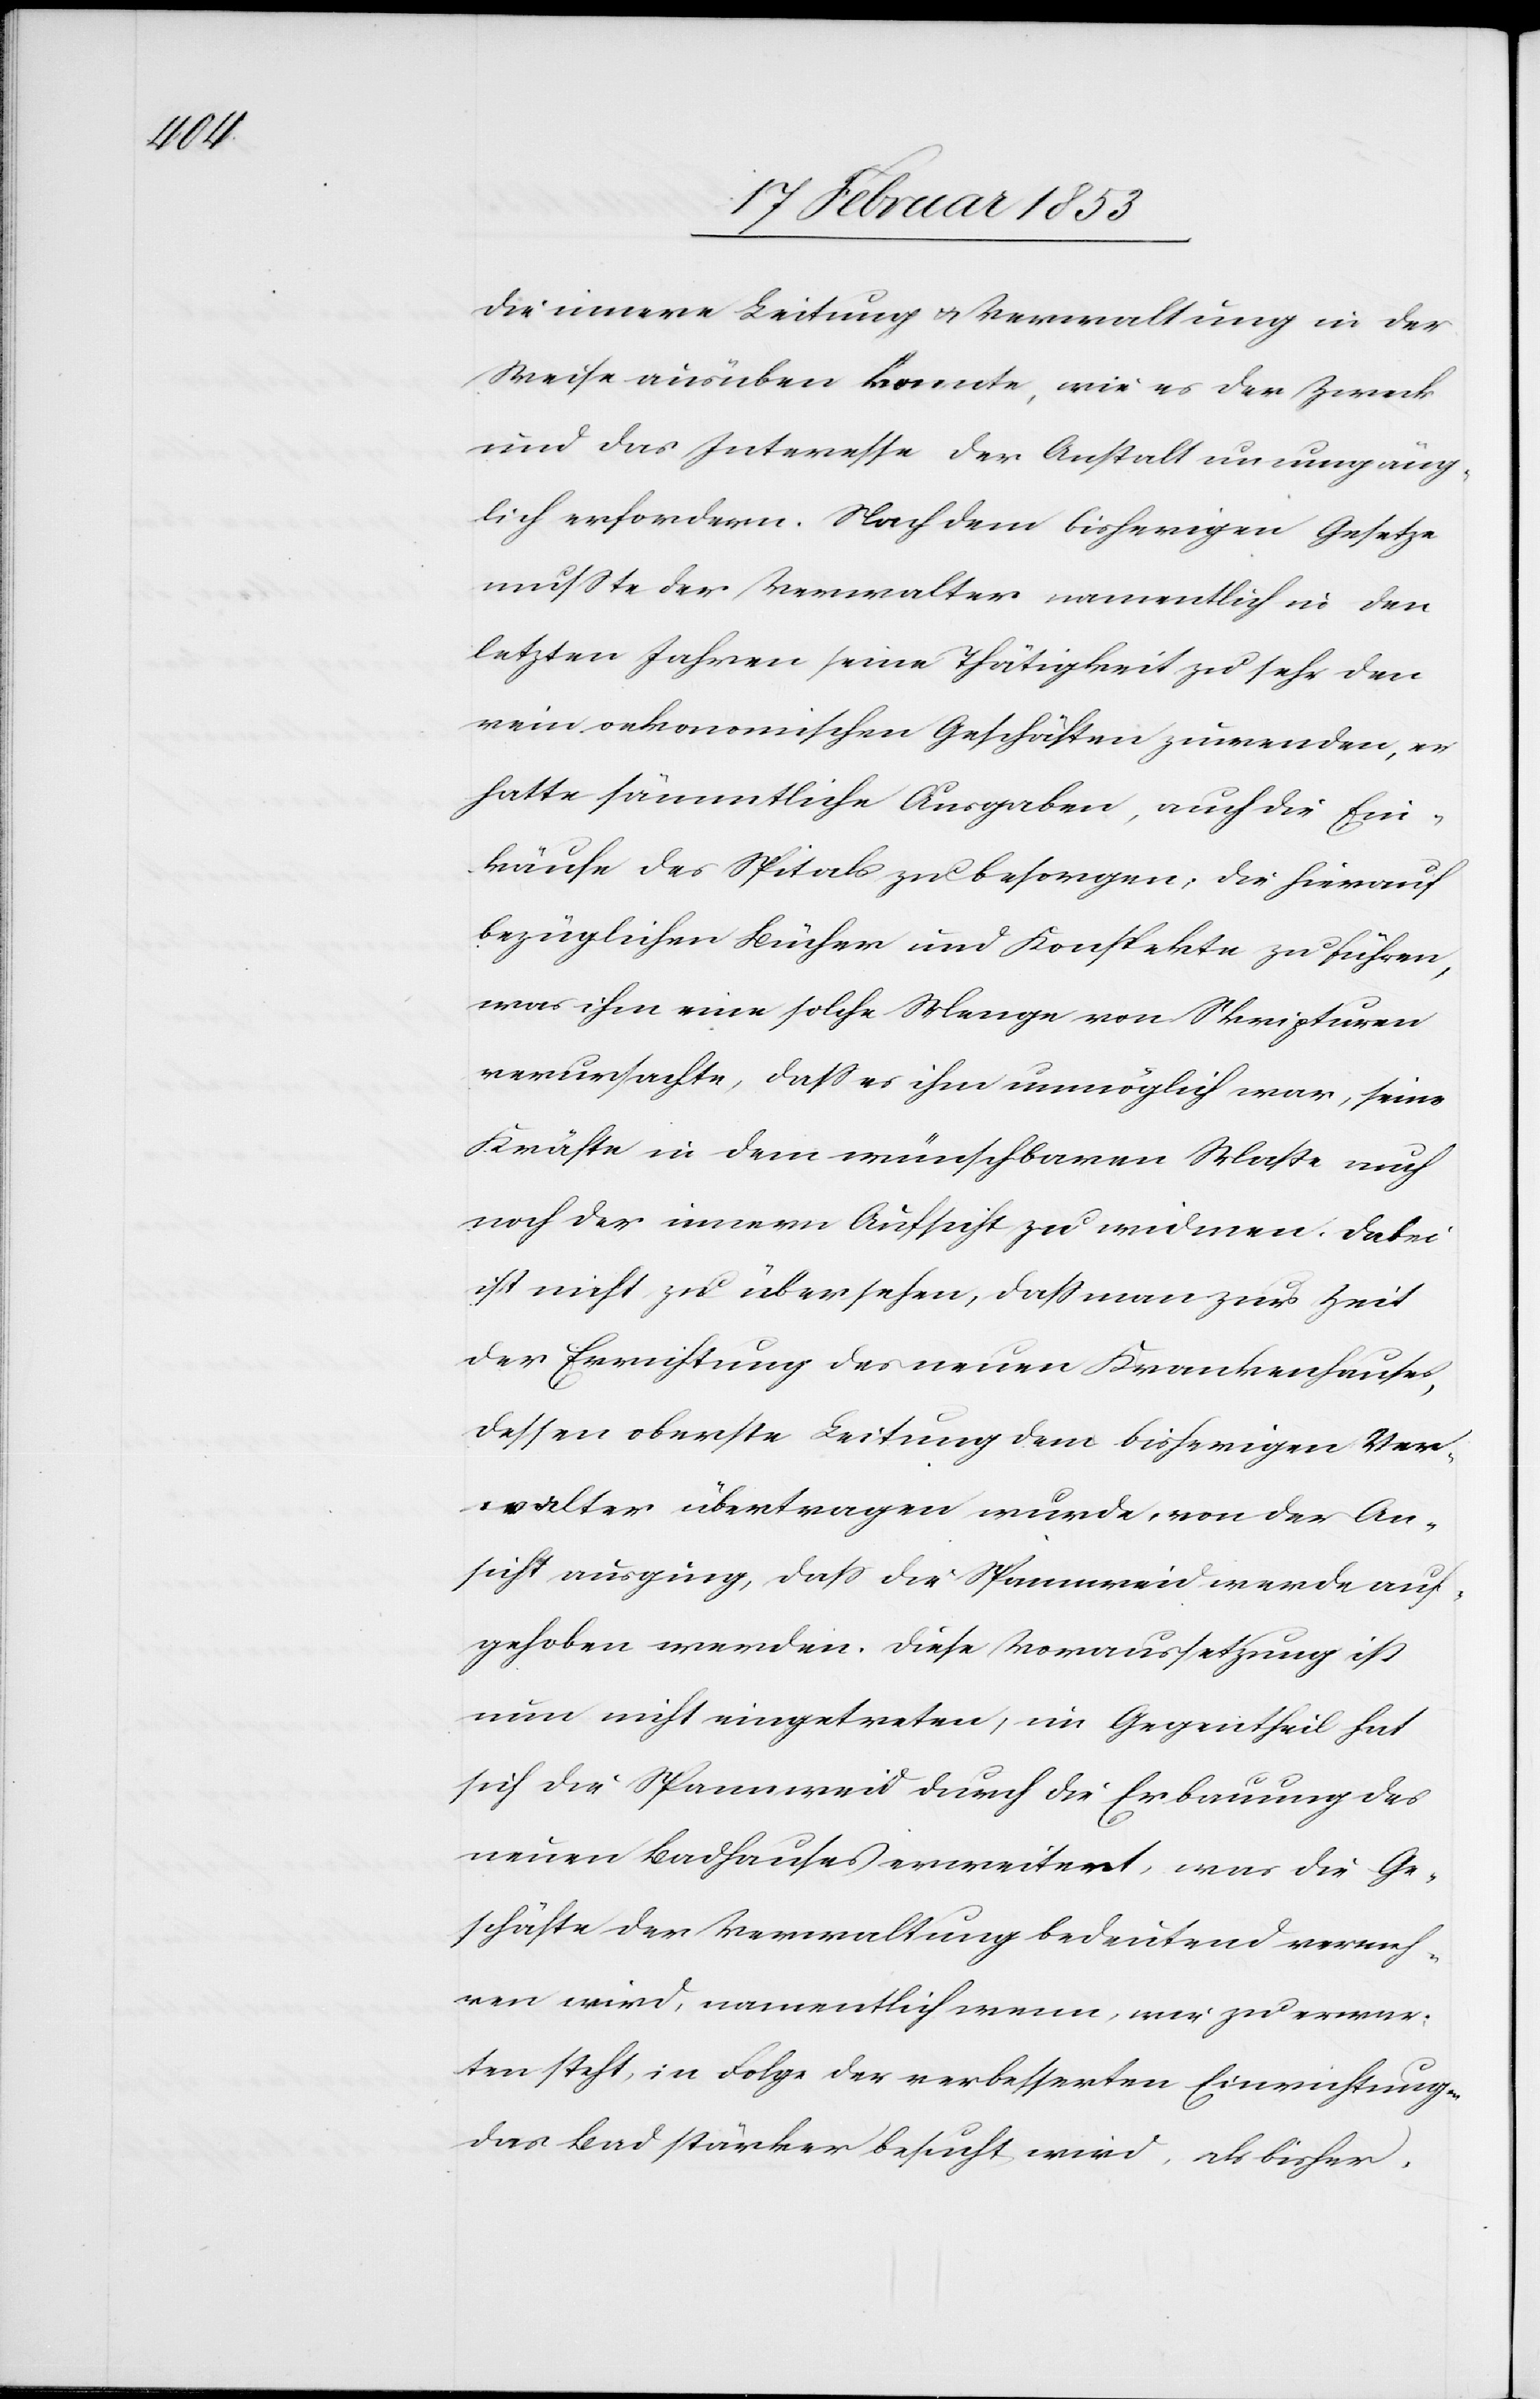
die innere Leitung u. Verwaltung in der
Weise ausüben konnte, wie es der Zweck
und das Interesse der Anstalt unumgäng¬
lich erfordern. Nach dem bisherigen Gesetze
mußte der Verwalter namentlich in den
letzten Jahren seine Thätigkeit zu sehr den
rein oekonomischen Geschäften zuwenden, er
hatte sämmtliche Ausgaben, auch die Ein¬
käufe des Spitals zu besorgen, die hierauf
bezüglichen Bücher und Konspekte zu führen,
was ihm eine solche Menge von Skripturen
verursachte, daß es ihm unmöglich war, seine
Kräfte in dem wünschbaren Maße n¬
ach der innern Aufsicht zu widmen. Dabei
ist nicht zu übersehen, daß man zur Zeit
der Errichtung des neuen Krankenhauses,
dessen oberste Leitung dem bisherigen Ver¬
walter übertragen wurde, von der An¬
sicht ausging, daß die Spannweid werde auf¬
gehoben werden. Diese Voraussetzung ist
nun nicht eingetreten, im Gegentheil ha¬
der
sich die Spannweid durch die Erbauung des
neuen Badhauses erweitert, was die Ge¬
schäfte der Verwaltung bedeutend vermeh¬
das Bad stärker besucht wird, als bisher.